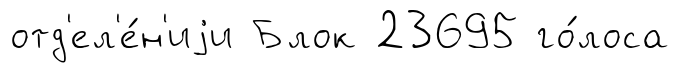
отд'ел'е́н'иjи Блок 23695 го́лоса